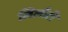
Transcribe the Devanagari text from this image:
लिलौटी